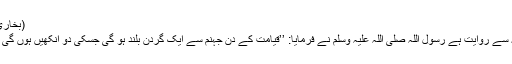
(بخاری 5957 مسلم 2107)
ابو ہریرہ رضی اللہ عنہ سے روایت ہے رسول اللہ صلی اللہ علیہ وسلم نے فرمایا: ’’قیامت کے دن جہنم سے ایک گردن بلند ہو گی جسکی دو آنکھیں ہوں گی جن سے وہ دیکھے گی۔